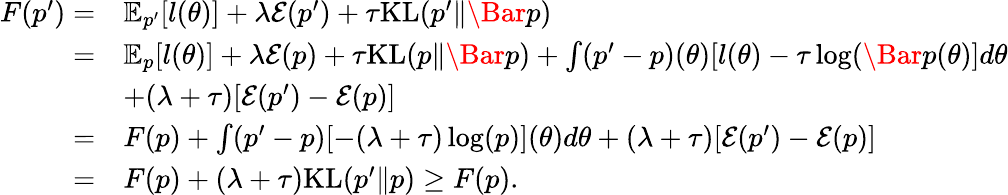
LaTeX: \begin{array}{rl}{F(p^{\prime})=}&{\mathbb{E}_{p^{\prime}}[l(\theta)]+\lambda\mathcal{E}(p^{\prime})+\tau\mathrm{KL}(p^{\prime}\| \Bar{p})}\\ {=}&{\mathbb{E}_{p}[l(\theta)]+\lambda\mathcal{E}(p)+\tau\mathrm{KL}(p\| \Bar{p})+\int(p^{\prime}-p)(\theta)[l(\theta)-\tau\log(\Bar{p}(\theta)]d\theta}\\ &{+(\lambda+\tau)[\mathcal{E}(p^{\prime})-\mathcal{E}(p)]}\\ {=}&{F(p)+\int(p^{\prime}-p)[-(\lambda+\tau)\log(p)](\theta)d\theta+(\lambda+\tau)[\mathcal{E}(p^{\prime})-\mathcal{E}(p)]}\\ {=}&{F(p)+(\lambda+\tau)\mathrm{KL}(p^{\prime}\| p)\geq F(p).}\end{array}